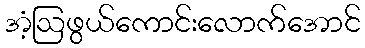
အံ့ဩဖွယ်ကောင်းလောက်အောင်